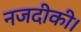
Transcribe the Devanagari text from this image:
नजदीकी।